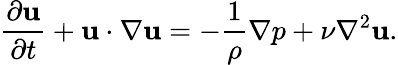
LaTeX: \frac{\partial{\mathbf u}}{\partial t}+{\mathbf u}\cdot\nabla{\mathbf u}=-\frac{1}{\rho}\nabla p+{\nu}{\nabla^{2}}{\mathbf u}.